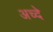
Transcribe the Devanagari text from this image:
अच्दे